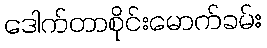
ဒေါက်တာစိုင်းမောက်ခမ်း